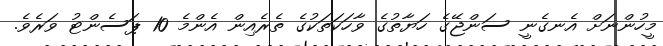
މީހުންނަށް އެނގެނީ ސަންޖޭގެ ހަޔާތުގެ ވާހަކަތަކުގެ ތެރެއިން އެންމެ 10 ޕަސެންޓު ވަރެވެ.